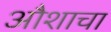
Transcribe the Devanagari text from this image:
औशाचा